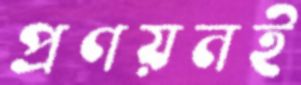
প্রণয়নই